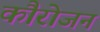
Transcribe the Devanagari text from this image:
कौरोजन